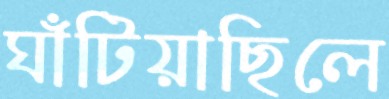
ঘাঁটিয়াছিলে